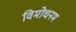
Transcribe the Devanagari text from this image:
विमोचनम